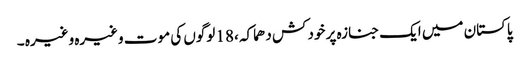
پاکستان میں ایک جنازہ پر خود کش دھماکہ ،18 لوگوں کی موت وغیرہ وغیرہ ۔